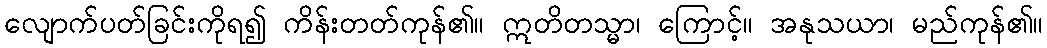
လျောက်ပတ်ခြင်းကိုရ၍ ကိန်းတတ်ကုန်၏။ ဣတိတသ္မာ၊ ကြောင့်။ အနုသယာ၊ မည်ကုန်၏။